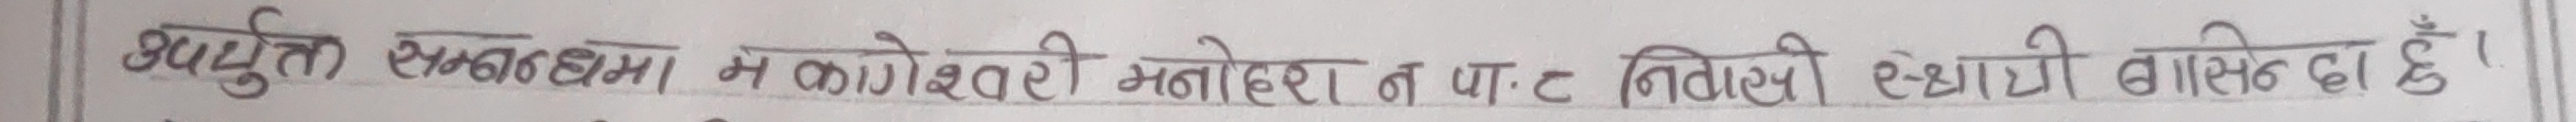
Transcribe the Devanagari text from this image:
उपयुक्त एकनधमा म कगेश्वरी मनोहरान पाठ नित्रही स्थान बासिन्दा हुँ ।